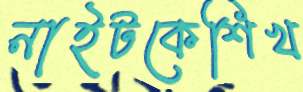
নাইটকেশিখ